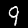
Digit: 9